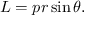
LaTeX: L = p r \sin \theta . \,